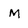
Character: M